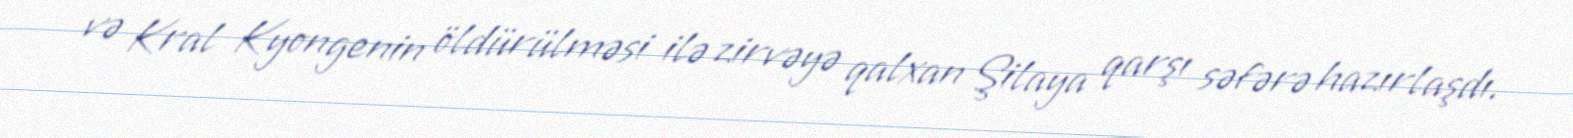
və Kral Kyongenin öldürülməsi ilə zirvəyə qalxan Şilaya qarşı səfərə hazırlaşdı.